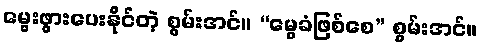
မွေးဖွားပေးနိုင်တဲ့ စွမ်းအင်။ “မွေခံဖြစ်စေ” စွမ်းအင်။